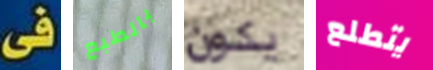
فى بالطبع يكون يتطلع